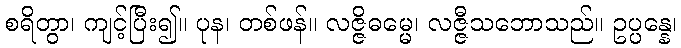
စရိတွာ၊ ကျင့်ပြီး၍။ ပုန၊ တစ်ဖန်။ လဇ္ဇိဓမ္မေ၊ လဇ္ဇီသဘောသည်။ ဥပ္ပန္နေ၊